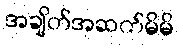
အချိတ်အဆက်မိမိ